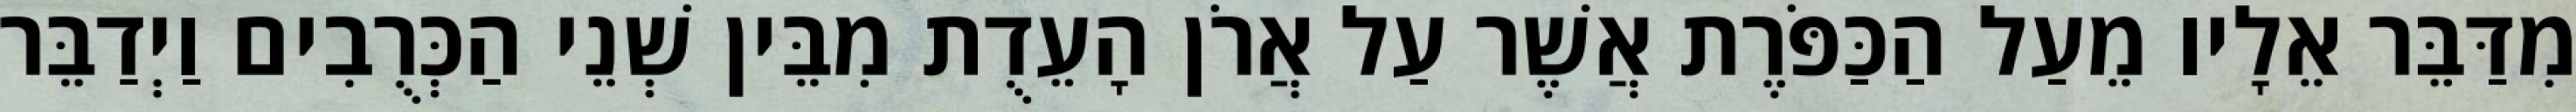
מִדַּבֵּר אֵלָיו מֵעַל הַכַּפֹּרֶת אֲשֶׁר עַל אֲרֹן הָעֵדֻת מִבֵּין שְׁנֵי הַכְּרֻבִים וַיְדַבֵּר